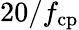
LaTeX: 20/f_{\mathrm{cp}}